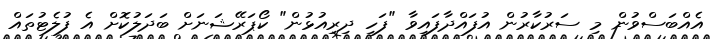
އެއްބަސްވުން މި ސަރުކާރުން އުފައްދާފައިވާ "ފަހި ދިރިއުޅުން" ކޯޕަރޭޝަނަށް ބަދަލުކޮށް އެ ފުލެޓުތައް